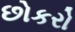
છોકરો